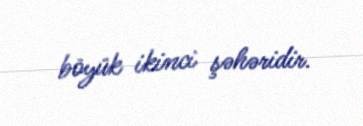
böyük ikinci şəhəridir.